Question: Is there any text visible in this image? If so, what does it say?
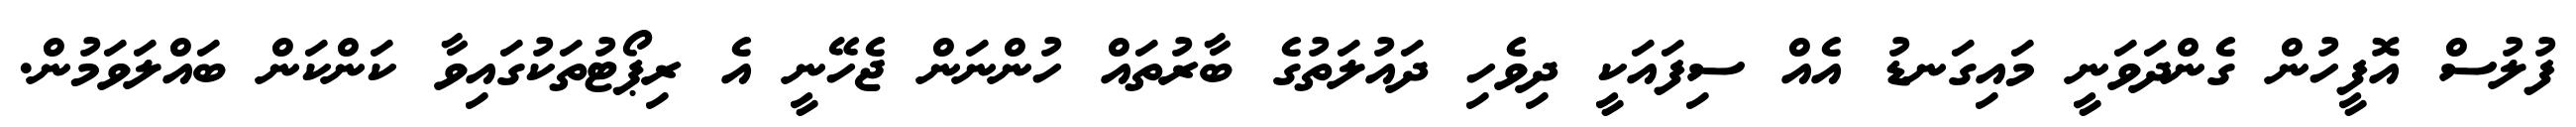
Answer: ފުލުސް އޮފީހުން ގެންދަވަނީ މައިގަނޑު އެއް ސިފައަކީ ދިވެހި ދައުލަތުގެ ބާރުތައް ހުންނަން ޖެހޭނީ އެ ރިޕޯޓުތަކުގައިވާ ކަންކަން ބައްލަވަމުން.